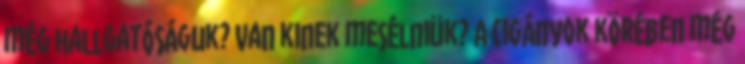
még hallgatóságuk? Van kinek mesélniük? A cigányok körében még